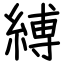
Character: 縛